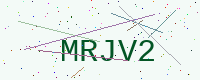
Text: MRJV2